Indian journal of veterinary science and animal husbandry - Volume 3,
Year: 1933
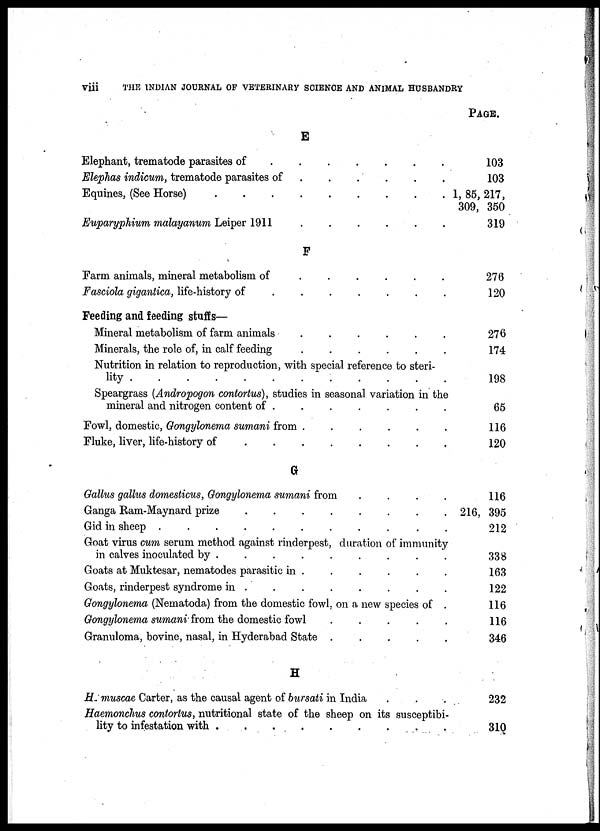
Viii
THE INDIAN JOURNAL OF VETERINARY SCIENCE AND ANIMAL HUSBANDRY
E
Elephant, trematode parasites of . . . . . . . .
Elephas indicum, trematode parasites of . . . . . . . .
Equines, (See Horse) . . . . . . . .
Euparyphium malayanum Leiper 1911 . . . . . . . .
F
Farm animals, mineral metabolism of . . . . . . . .
Fasciola gigantica, life-history of . . . . . . . .
Feeding and feeding stuffs—
Mineral metabolism of farm animals . . . . . . . .
Minerals, the role of, in calf feeding . . . . . . . .
Nutrition in relation to reproduction, with special reference to steri-
lity . . . . . . . .
Speargrass (Andropogon contortus), studies in seasonal variation in the
mineral and nitrogen content of . . . . . . . .
Fowl, domestic, Gongylonema sumani from . . . . . . . .
Fluke, liver, life-history of . . . . . . . .
G
Gallus gallus domesticus, Gongylonema sumani from . . . . . . . .
Ganga Ram-Maynard prize . . . . . . . .
Gid in sheep . . . . . . . .
Goat virus cum serum method against rinderpest, duration of immunity
in calves inoculated by . . . . . . . .
Goats at Muktesar, nematodes parasitic in . . . . . . . .
Goats, rinderpest syndrome in . . . . . . . .
Gongylonema (Nematoda) from the domestic fowl, on a new species of .
Gongylonema sumani from the domestic fowl . . . . . . . .
Granuloma, bovine, nasal, in Hyderabad State . . . . . . . .
H
H.muscae Carter, as the causal agent of bursati in India . . .
Haemonchus contortus, nutritional state of the sheep on its susceptibi-
lity to infestation with . . . . . . . .
PAGE.
103
103
1,85, 217,
309, 350
319
276
120
276
174
198
65
116
120
116
216, 395
212
338
163
122
116
116
346
232
310